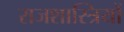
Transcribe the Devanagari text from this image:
राजशास्त्रियों